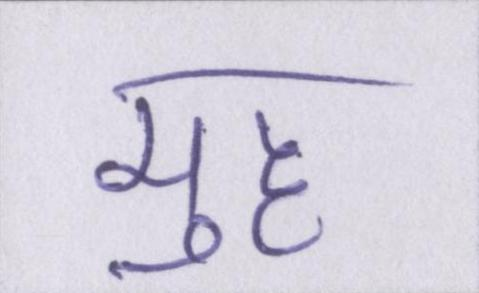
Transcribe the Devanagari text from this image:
मुँह